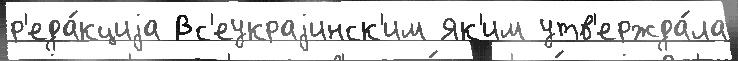
р'еда́кциjа Вс'еукраjинск'им Як'им утв'ержда́ла